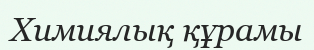
Химиялық құрамы